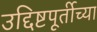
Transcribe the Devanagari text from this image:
उद्दिष्टपूर्तीच्या